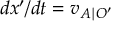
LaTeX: d x ^ { \prime } / d t = v _ { A \mid O ^ { \prime } }